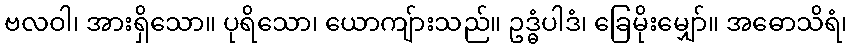
ဗလဝါ၊ အားရှိသော။ ပုရိသော၊ ယောကျ်ားသည်။ ဥဒ္ဓံပါဒံ၊ ခြေမိုးမျှော်။ အဓောသိရံ၊